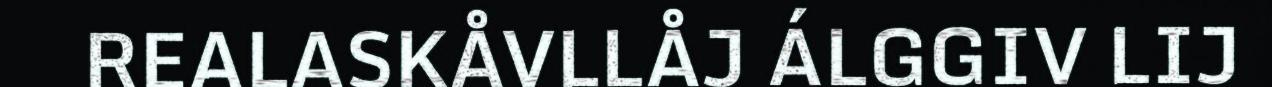
REALASKÅVLLÅJ ÁLGGIV LIJ